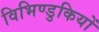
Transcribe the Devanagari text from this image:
विभिण्डुकियों